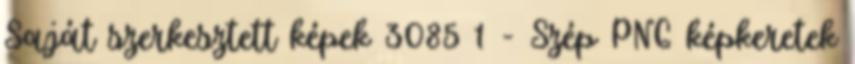
Saját szerkesztett képek 3085 1 - Szép PNG képkeretek